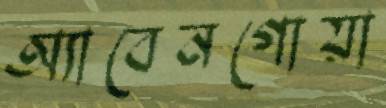
অ্যাবেনগোয়া